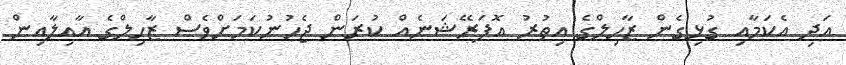
އަދި އެކަމާއި ގުޅިގެން ޒާހިލްގެ އިތުރު އޮޕަރޭޝަނެއް ކުރަން ޖެހުނުކަމަށްވެސް ޒާހިލްގެ އާއިލާއިން